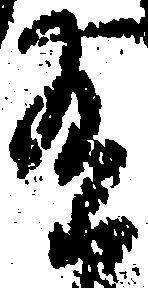
有